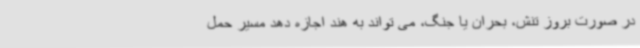
در صورت بروز تنش، بحران یا جنگ، می تواند به هند اجازه دهد مسیر حمل